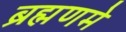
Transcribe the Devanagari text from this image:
ब्रह्मणमे